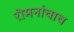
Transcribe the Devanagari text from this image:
रोमनांचाच